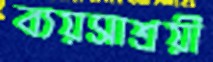
ব্যয়সাশ্রয়ী